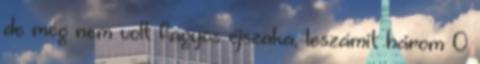
de még nem volt fagyos éjszaka, leszámit három 0